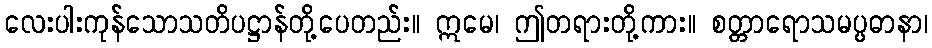
လေးပါးကုန်သောသတိပဋ္ဌာန်တို့ပေတည်း။ ဣမေ၊ ဤတရားတို့ကား။ စတ္တာရောသမပ္ပဓာနာ၊